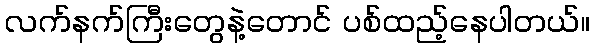
လက်နက်ကြီးတွေနဲ့တောင် ပစ်ထည့်နေပါတယ်။